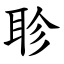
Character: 聄